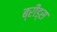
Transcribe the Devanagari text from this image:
ब्रीड्स